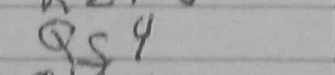
Transcription: Qc4